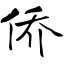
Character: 侨